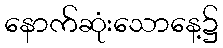
နောက်ဆုံးသောနေ့၌